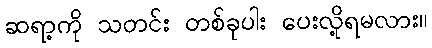
ဆရာ့ကို သတင်း တစ်ခုပါး ပေးလို့ရမလား။